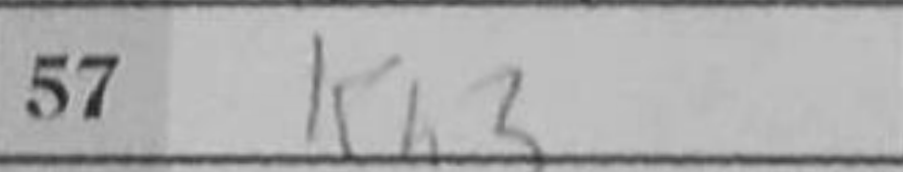
Transcription: Kh3